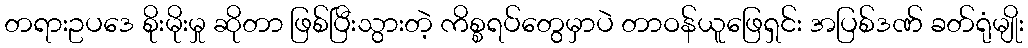
တရားဥပဒေ စိုးမိုးမှု ဆိုတာ ဖြစ်ပြီးသွားတဲ့ ကိစ္စရပ်တွေမှာပဲ တာဝန်ယူဖြေရှင်း အပြစ်ဒဏ် ခတ်ရုံမျိုး